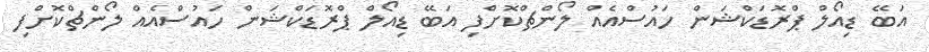
އަބޭ ޑިއޯލް ޕްރޮޑަކްޝަން ހައުސްއެއް ލޯންޗްކޮށްފި އަބޭ ޑިއޯލް ޕްރޮޑަކްޝަން ހައުސްއެއް ލޯންޗްކޮށްފި